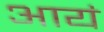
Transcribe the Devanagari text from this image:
आयं